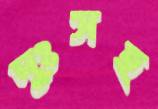
দুঃসহ